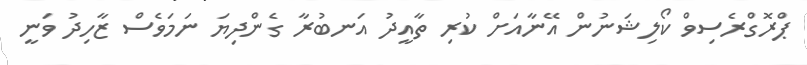
ޕްރޮގްރެސިވް ކޯލިޝަނުން އޭނާއަށް ކުރި ތާއީދު އަނބުރާ ގެންދިޔަ ނަމަވެސް ޒާހިދު ވަނީ